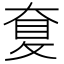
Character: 𡙐